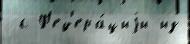
 с Ф'ед'ера́циjи из